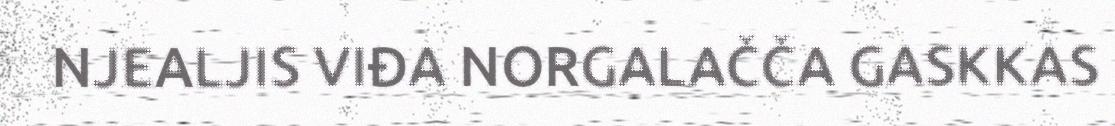
NJEALJIS VIĐA NORGALAČČA GASKKAS